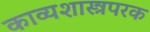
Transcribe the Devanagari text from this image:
काव्यशास्त्रपरक